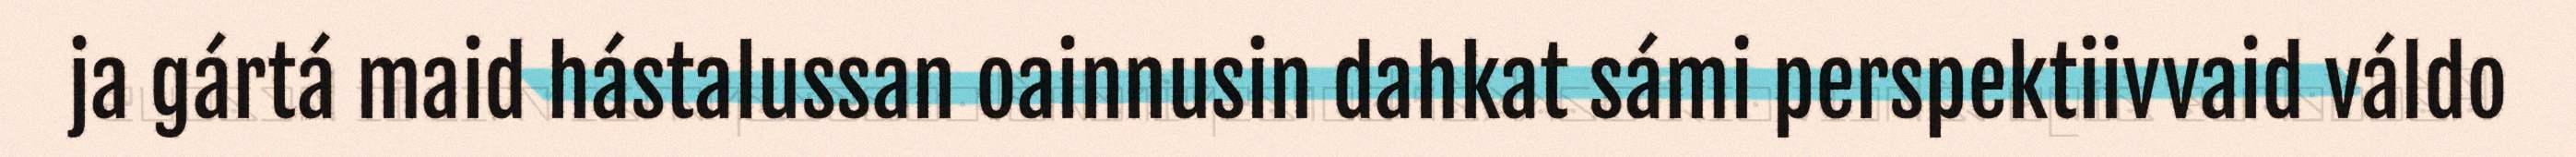
ja gártá maid hástalussan oainnusin dahkat sámi perspektiivvaid váldo